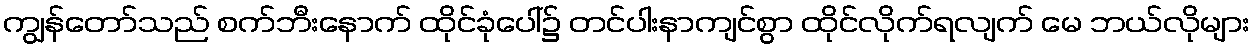
ကျွန်တော်သည် စက်ဘီးနောက် ထိုင်ခုံပေါ်၌ တင်ပါးနာကျင်စွာ ထိုင်လိုက်ရလျက် မေ ဘယ်လိုများ